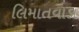
લિમાતવાડા